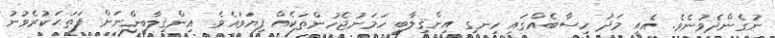
ނުގެންދެވުނެވެ. އެއީ މަދު ހިސާބެއްގައި ހިނގި އިންޤިލާބީ ހަމަނުޖެހުންތަކެއް ފިޔަވައެވެ. އިންޤިލާބީންނަށް ފަތަޙަކުރެވުނު